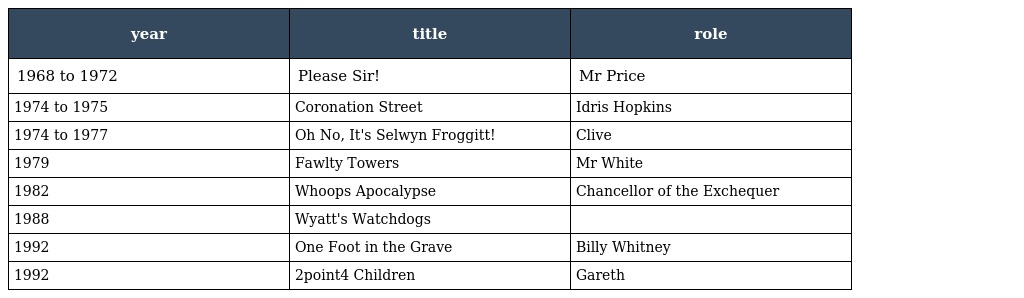
| year | title | role |
 | --- | --- | --- |
 | 1968 to 1972 | Please Sir! | Mr Price |
 | 1974 to 1975 | Coronation Street | Idris Hopkins |
 | 1974 to 1977 | Oh No, It's Selwyn Froggitt! | Clive |
 | 1979 | Fawlty Towers | Mr White |
 | 1982 | Whoops Apocalypse | Chancellor of the Exchequer |
 | 1988 | Wyatt's Watchdogs |  |
 | 1992 | One Foot in the Grave | Billy Whitney |
 | 1992 | 2point4 Children | Gareth |